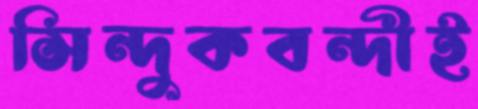
সিন্দুকবন্দীই